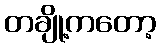
တချို့ကတော့